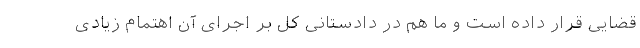
قضایی قرار داده است و ما هم در دادستانی کل بر اجرای آن اهتمام زیادی